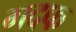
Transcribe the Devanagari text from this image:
गदफ